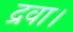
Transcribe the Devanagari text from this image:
द्रवा।